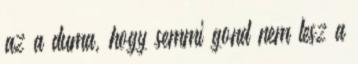
az a duma, hogy semmi gond nem lesz a